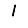
Digit: 1